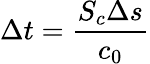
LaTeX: \Delta t=\frac{S_{c}\Delta s}{c_{0}}